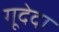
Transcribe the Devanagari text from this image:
गूदेदा